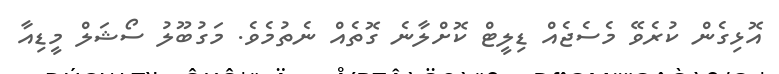
އޮޅިގެން ކުރެވޭ މެސެޖެއް ޑިލީޓް ކޮށްލާނެ ގޮތެއް ނެތުމެވެ. މަގުބޫލު ސޯޝަލް މީޑިއާ